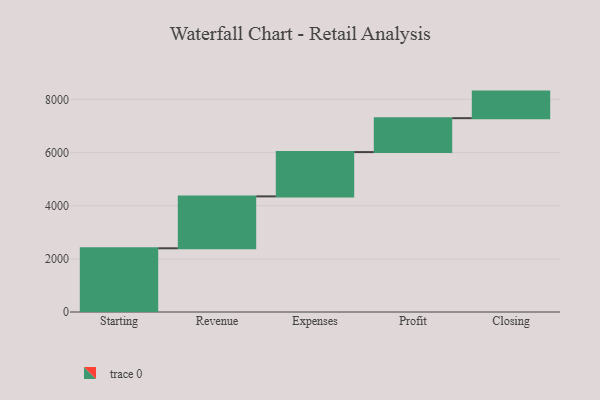
{"axis": {"x": "Step", "y": "Value"}, "legend": [""], "data": [{"x": "Starting", "y": 2398.0, "type": ""}, {"x": "Revenue", "y": 1954.0, "type": ""}, {"x": "Expenses", "y": 1667.0, "type": ""}, {"x": "Profit", "y": 1277.0, "type": ""}, {"x": "Closing", "y": 1000, "type": ""}]}